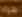
هراء